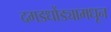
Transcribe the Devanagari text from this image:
दगडधोंड्यामधून